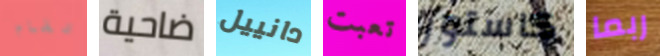
تقام ضاحية دانييل تعبت كاستور ربما